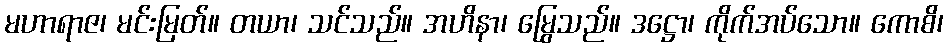
မဟာရာဇ၊ မင်းမြတ်။ တယာ၊ သင်သည်။ အဟိနာ၊ မြွေသည်။ ဒဋ္ဌော၊ ကိုက်အပ်သော။ ကောစိ၊